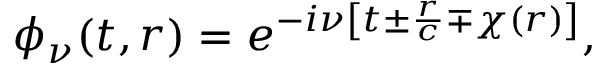
\phi _ { \nu } ( t , r ) = e ^ { - i \nu \left[ t \pm \frac { r } { c } \mp \chi ( r ) \right] } ,